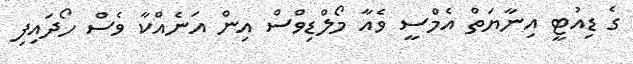
ގެ ޑިއުޓީ އިނާޔަތް އެމްސީ ވެއާ މޯލްޑިވްސް އިން އަނެއްކާ ވެސް ހޯދައިފި